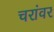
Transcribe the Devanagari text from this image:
चरांवर